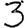
Digit: 3